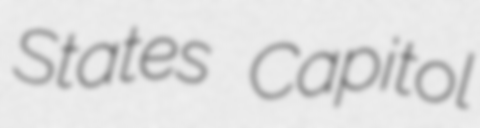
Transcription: States Capitol